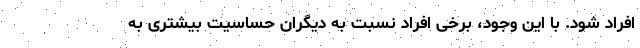
افراد شود. با این وجود، برخی افراد نسبت به دیگران حساسیت بیشتری به